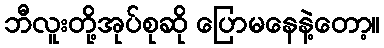
ဘီလူးတို့အုပ်စုဆို ပြောမနေနဲ့တော့။